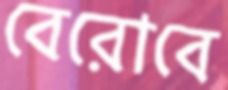
বেরোবে